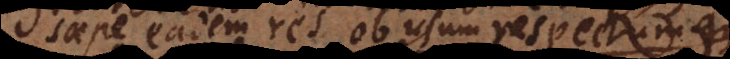
saepe eadem res ob usum respectumque